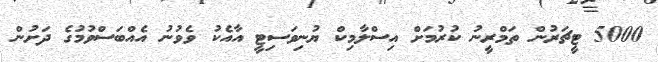
5000 ޓީޗަރުން ތަމްރީނު ކުރުމަށް އިސްލާމިކް ޔުނިވަސިޓީ އާއެކު ވެވުނު އެއްބަސްވުމުގެ ދަށުން